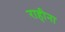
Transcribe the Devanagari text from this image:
राहीना